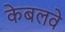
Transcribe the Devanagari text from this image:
केबलवे